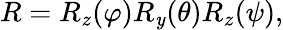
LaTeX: R=R_{z}(\varphi)R_{\mathit{y}}(\theta)R_{z}(\psi),